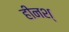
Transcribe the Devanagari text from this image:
हीनश्